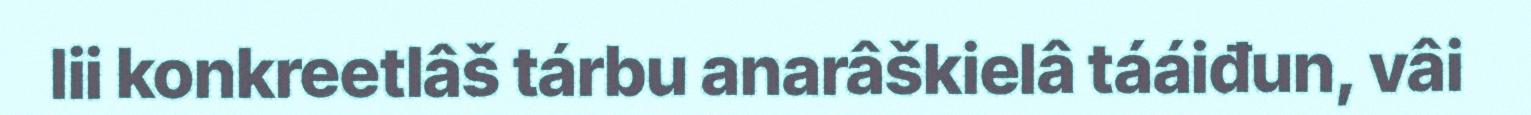
lii konkreetlâš tárbu anarâškielâ tááiđun, vâi